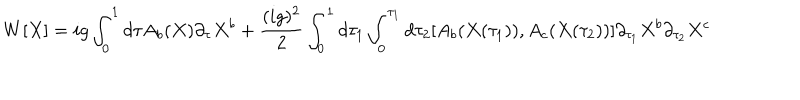
W [ X ] = i g \int _ { 0 } ^ { 1 } d \tau A _ { b } ( X ) \partial _ { \tau } X ^ { b } + \frac { ( i g ) ^ { 2 } } { 2 } \int _ { 0 } ^ { 1 } d \tau _ { 1 } \int _ { 0 } ^ { \tau _ { 1 } } d \tau _ { 2 } [ A _ { b } ( X ( \tau _ { 1 } ) ) , A _ { c } ( X ( \tau _ { 2 } ) ) ] \partial _ { \tau _ { 1 } } X ^ { b } \partial _ { \tau _ { 2 } } X ^ { c }